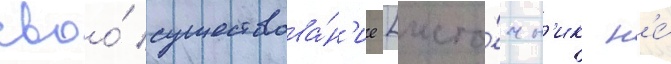
своо́ существова́н'ие [исто́чн'ик н'е́